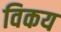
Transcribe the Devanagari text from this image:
विकय